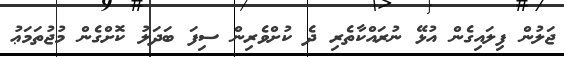
ޖަލުން ފިލައިގެން އުޅޭ ނުރައްކާތެރި ދެ ކުށްވެރިން ސިފަ ބަދަލު ކޮށްގެން މުޖުތަމަޢު